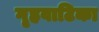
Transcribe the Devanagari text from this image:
गृहवाटिका